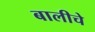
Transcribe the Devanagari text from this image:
बालीचे